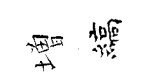
増縞